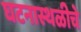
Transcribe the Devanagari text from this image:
घटनास्थळीचे